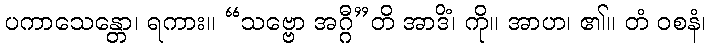
ပကာသေန္တော၊ ရကား။ “သဗ္ဗော အဂ္ဂီ”တိ အာဒိံ၊ ကို။ အာဟ၊ ၏။ တံ ဝစနံ၊